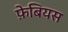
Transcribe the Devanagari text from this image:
फ़ेबियस